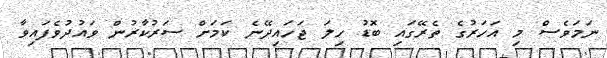
ނަމަވެސް މި އަހަރުގެ ތެރޭގައި ބޮޑު ހިލަ ޖަހައިދޭނެ ކަމަށް ސަރުކާރުން ވައުދުވެފައިވާ